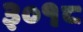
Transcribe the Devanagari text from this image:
३०१८